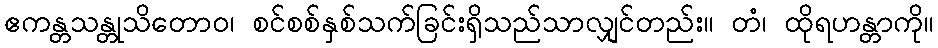
ဧကန္တသန္တုသိတောဝ၊ စင်စစ်နှစ်သက်ခြင်းရှိသည်သာလျှင်တည်း။ တံ၊ ထိုရဟန္တာကို။